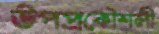
উপপ্রকৌশলী